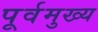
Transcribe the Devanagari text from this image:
पूर्वमुख्य